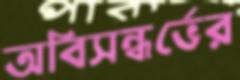
অবিসন্ধর্ভের